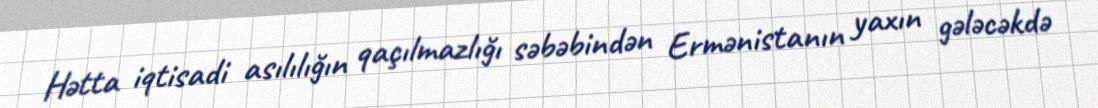
Hətta iqtisadi asılılığın qaçılmazlığı səbəbindən Ermənistanın yaxın gələcəkdə